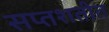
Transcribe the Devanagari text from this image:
सप्तशतीत